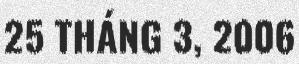
25 THÁNG 3, 2006